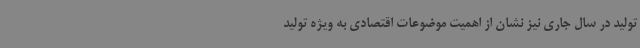
تولید در سال جاری نیز نشان از اهمیت موضوعات اقتصادی به ویژه تولید